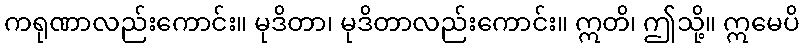
ကရုဏာလည်းကောင်း။ မုဒိတာ၊ မုဒိတာလည်းကောင်း။ ဣတိ၊ ဤသို့။ ဣမေပိ